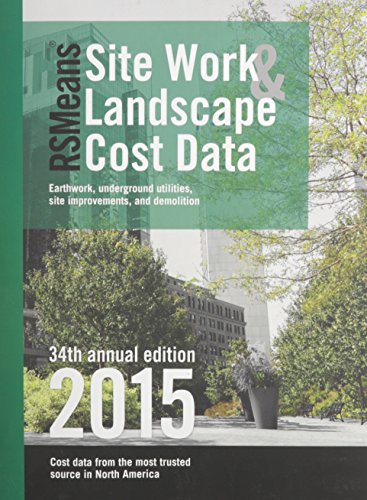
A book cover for RSMeans Site Work & Landscape Cost Data 2015 (Means Site Work and Landscape Cost Data); Arts & Photography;